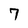
Character: 7